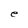
Character: e